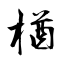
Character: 楢